Annual administration report of the Bombay Presidency - 1887-1892
Year: 1887
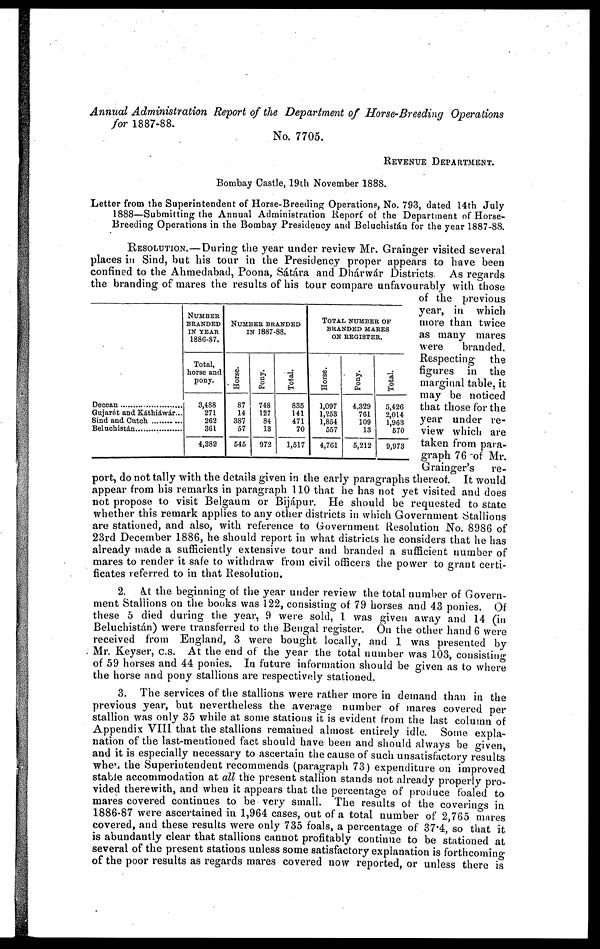
Annual Administration Report of the Department of Horse-Breeding
Operations
for 1887-88.
No. 7705.
REVENUE DEPARTMENT.
Bombay Castle, 19th November 1888.
Letter from the Superintendent of Horse-Breeding Operations, No. 793, dated 14th July
1888—Submitting the Annual Administration Report of the Department of Horse-
Breeding Operations in the Bombay Presidency and Beluchistán for the year 1887-88.
RESOLUTION.—During the year under review Mr. Grainger visited several
places in Sind, but his tour in the Presidency proper appears to have been
confined to the Ahmedabad, Poona, Sátára and Dhárwár Districts
As regards
the branding of mares the results of his tour compare unfavourably with those
of the previous
year, in which
more than twice
as many mares
were
branded.
Respecting
the
figures
in the
marginal table, it
may be noticed
that those for the
year under re-
view which are
taken from para-
graph 76 of Mr.
Grainger's
re-
port, do not tally with the details given in the early paragraphs thereof. It would
appear from his remarks in paragraph 110 that he has not yet visited and does
not propose to visit Belgaum or Bijápur. He should be requested to state
whether this remark applies to any other districts in which Government Stallions
are stationed, and also, with reference to Government Resolution No. 8986 of
23rd December 1886, he should report in what districts he considers that he has
already made a sufficiently extensive tour and branded a sufficient number of
mares to render it safe to withdraw from civil officers the power to grant certi-
ficates referred to in that Resolution.
Deccan ...............
Gujarát and Káthiáwár...
Sind and Cutch ........
Beluchistán.......
NUMBER
BRANDED
IN YEAR
1886-87.
Total,
horse and
pony.
3,488
271
262
361
4,382
NUMBER BRANDED
IN 1887-88.
Horse.
87
14
387
57
545
Pony.
748
127
84
13
972
Total.
835
141
471
70
1,517
TOTAL NUMBER OF
BRANDED MARES
ON REGISTER.
Horse.
1,097
1,253
1,854
557
4,761
Pony.
4,329
761
109
13
5,212
Total.
5,426
2,014
1,963
570
9,973
2. At the beginning of the year under review the total number of Govern-
ment Stallions on the books was 122, consisting of 79 horses and 43 ponies. Of
these 5 died during the year, 9 were sold, I was given away and 14 (in
Beluchistán) were transferred to the Bengal register. On the other hand 6 were
received from England, 3 were bought locally, and 1 was presented by
Mr. Keyser, C.S. At the end of the year the total number was 103, consisting
of 59 horses and 44 ponies. In future information should be given as to where
the horse and pony stallions are respectively stationed.
3. The services of the stallions were rather more in demand than in the
previous year, but nevertheless the average number of mares covered per
stallion was only 35 while at some stations it is evident from the last column of
Appendix VIII that the stallions remained almost entirely idle. Some expla-
nation of the last-mentioned fact should have been and should always be given,
and it is especially necessary to ascertain the cause of such unsatisfactory results'
when the Superintendent recommends (paragraph 73) expenditure on improved
stable accommodation at all the present stallion stands not already properly pro-
vided there with, and when it appears that the percentage of produce foaled to
mares covered continues to be very small. The results of the coverings in
1886-87 were ascertained in 1,964 cases, out of a total number of 2,765 mares
covered, and these results were only 735 foals, a percentage of 37.4, so that it
is abundantly clear that stallions cannot profitably continue to be stationed at
several of the present stations unless some satisfactory explanation is forthcoming
of the poor results as regards mares covered now reported, or unless there is